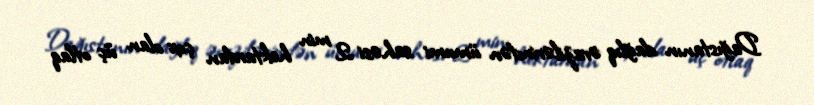
Dağıstanın dağlıq ərazilərindən ümumi sahəsi 2 min hektardan çox olan üç otlaq